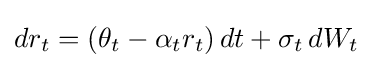
dr_{t}=(\theta _{t}-\alpha _{t}r_{t})\,dt+\sigma _{t}\,dW_{t}